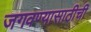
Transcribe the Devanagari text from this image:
जगवण्यासाठीची